Lunatic asylums Madras 1892-1911 - 1892-1911
Year: 1892
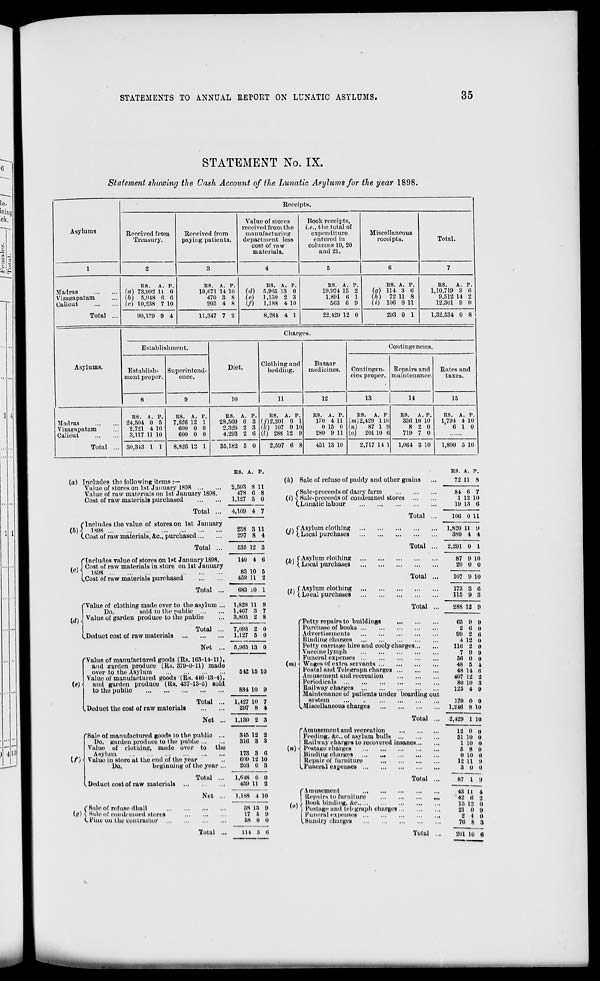
STATEMENTS TO ANNUAL REPOUT ON LUNATIC ASYLUMS.
35
STATEMENT No. IX.
Statement showing the Cash Account of the Lunatic Asylums for the year 1898.
Asylums
Receipts.
Received from
Treasury.
Received from
paying patients.
Value of stores
received from the
manufacturing
department less
cost of raw
materials.
Rook receipts,
i.e., the total of
expenditure
entered in
columns 11), 20
and 21.
Miscellaneous
receipts.
Total.
Madras
Vizagapatam
Calicut
Total
ns. A. v.
(a) 73*992 11 0
(b) 5,918 6 6
(o) 10,238 7 10
90,179 9 4
RS. A. P.
10,071 14 10
470 3 8
205 4 8
11,347 7 2
K8. A.
(d) 6,966 18
(e) 1,130 2
(/)
1,188 4
8,281 4 1
RS. A.
1(1,974 15
1,891 0
563 0
22,129 12 0
R8. A. P.
(n) 114 3 0
(ft) 72 11 8
(i) 100 0 11
293 0 1
RS.
A. P.
1,10,719 9 6
9,512 14 2
12,301 9 0
—
1,32,534 0 8 I
Asylums.
Madras
Vizagapatam
Calicut
Total
Charges.
Establishment.
Establish-
ment proper.
Superintend-
ence.
Diet.
10
Clothing and
bedding.
11
Bazaar
medicines.
12
Contingencies.
Contingen-
cies proper.
13
Repairs and
maintenance.
14
RS. A. P.
24,504 0 5
2.721 4 10
3,117 11 10
30,313 1 1
RS. A. P.
7,026 12 1
61)0 0 0
600 0 0
8,826 12
RS. A. P.
28,500 0 3
2 329 2 3
4,293 2 6
35,182 5 0
RS. A. P.
(i) 2,201 I) 1
(/■■)
107 !) 10
(/) 288 12 9
2,597 6 8
RS. A. P.
170 4 11
0 15 0
280 9 11
451 13 10
RS.
A. F
(TO) 2,429 11(1
<»)
87 1 9
(o) 201 10 6
2,717 14 1
ES.
A. P.
336 10 10
8 2 0
719 7 0
1,004 3 10
Rates and
taxes.
15
RS. A. p.
1,794 4 10
6 10
1,800 5 10
(a) Includes tho following items :—
Value of stores on 1st January 1808
Valuo of raw materials on 1st January 1898.
Cost of raw materials purchased
Total ...
C Includes the value of stores on 1st January
(6)3 J8B8
(.Cost of raw materials, 4c, purchased
Total ...
f Includes value of stores on 1ft January 1898.
# v J Cost of raw materials in store on 1st January
I"
1698
(.Cost of raw materials purchased
Total
('Value of clothing made over to the asylum
I
Do.
sold to the public ...
«^N j Value of garden produce to the public
^Deduct cost of raw materials
Total
Net
.Deduct tho cost of raw materials
Total
Net
(/" M
Deduct cost of raw materials
(Bale of refuse dhall
(,'/) •> Sale of condemned stores
(.Fine on the contractor
Total
Net
Total
RS. A. P.
2,503 8 11
478 6 8
1,127 5 0
4,109 4 7
238
297
3 11
8 4
535 12 3
140 4
83 10
459 11
6
6
2
683 10 1
'Value of manufactured goods (Rs. 163-14-11),
and garden produce (Rs. 379-0-11) mado
over to the Asylum
Value of manufactured goods (Rs. 416 13-4).
(e)\ and garden produce (Its. 437-13-5) sold
to the public
'Sal<> of manufactured goods to the public ...
Do. garden produce to tint public
Value of clothing, made over to tho
Asylum
Valuo in storo at the end of the year
Do.
beginning of the year ...
1,820 11 9
1,467 3 7
3,805 2 8
7,093 2 0
1,127 5 0
5,905 13 0
642 16 10
884 10 9
1,127 10 7
297 8 4
1,130 2 3
345 12 2
316 3 3
173 3 (5
609 12 10
203 0 3
1,648 0 0
459 11 2
1,188 4 10
38 13 9
17 6 9
68 0 0
(h) Sale of refuse of paddy and other grains
("Sale-proceeds of dairy farm
(i) -] Sale-proceeds of condemned stores
(.Lunatic labour
(i) f A 8 >' mm clothing
*»' (.Local purchases
(k) f Asylum clothing
» ' i Local purchases
/n ! Asylum clothing
' ' '(. Local purchases
Total
Total
Total
Total
RS. A. P,
72 11 8
84 6
1 12
19 13
7
10
6
Total
(0)
rAmusement
Itep'iirs to furniture
, Hook binding, &0
i Postage and telegraph charges
| funeral expenses
C Sundry charges.
106 0 11
1,820 11
380 4
9
4
2.201 0 1
87
20
9
0
10
0
107 9 10
173
115
3
9
6
3
288 12 9
'Petty repairs to buildings
Purchase of books
Advertisements
Binding charges
Petty carriage hire and cooly charges
Vaccine lymph
Funeral expenses
(»t) i Wages of extra servants
Postal and Telegrapli charges
Amusement and recreation
Periodicals
Railway charges
Maintenance of patients under boarding out
system
^Miscellaneous charges
Total ...
f Amusement and recreation
Feeding. &o., of asylum bulls
Railway charges to recovered insanes
(«) i postage charges
Rinding charges
Repair of furniture
..Funeral expenses
65 9 <>
2 6 0
99 2 ti
4 12 0
111! 2 0
7 9 <>
56 0 0
48 5 4
48 14 0
407 12 a
80 10 3
125 4 9
120 0 0
1,240 8 10
2,429 1 10
12 0 n
51 10 o
1 10 Q
5 8 0
0 io 0
12 11 D
8 0 0
87 1 9
43 It 4
42 0 a
15 12 0
21 0 B
2 4 0
76 8 8
111 3 6
Total
2oi io a